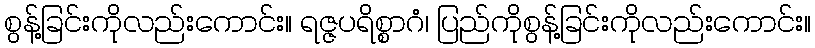
စွန့်ခြင်းကိုလည်းကောင်း။ ရဇ္ဇပရိစ္စာဂံ၊ ပြည်ကိုစွန့်ခြင်းကိုလည်းကောင်း။